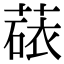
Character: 𬝻